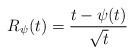
LaTeX: \begin{align*}R_\psi(t) = \frac{t-\psi(t)}{\sqrt t}\end{align*}